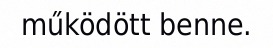
működött benne.